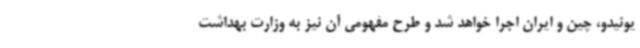
یونیدو، چین و ایران اجرا خواهد شد و طرح مفهومی آن نیز به وزارت بهداشت